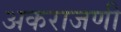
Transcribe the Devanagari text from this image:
अकराजणी